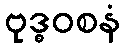
ဗုဒ္ဓဝစနံ